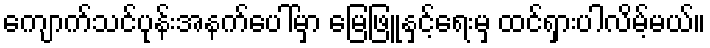
ကျောက်သင်ပုန်းအနက်ပေါ်မှာ မြေဖြူနှင့်ရေးမှ ထင်ရှားပါလိမ့်မယ်။